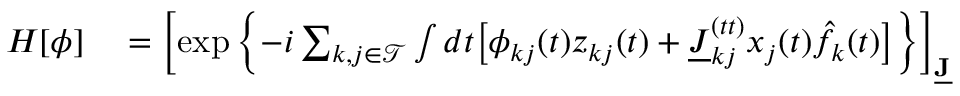
\begin{array} { r l } { H [ \boldsymbol { \phi } ] } & { { } = \left[ \exp \left\{ - i \sum _ { k , j \in \mathcal { T } } \int d t \big [ \phi _ { k j } ( t ) z _ { k j } ( t ) + \underline { { J } } _ { k j } ^ { ( t t ) } x _ { j } ( t ) \hat { f } _ { k } ( t ) \big ] \right\} \right] _ { \underline { { \mathbf { J } } } } } \end{array}